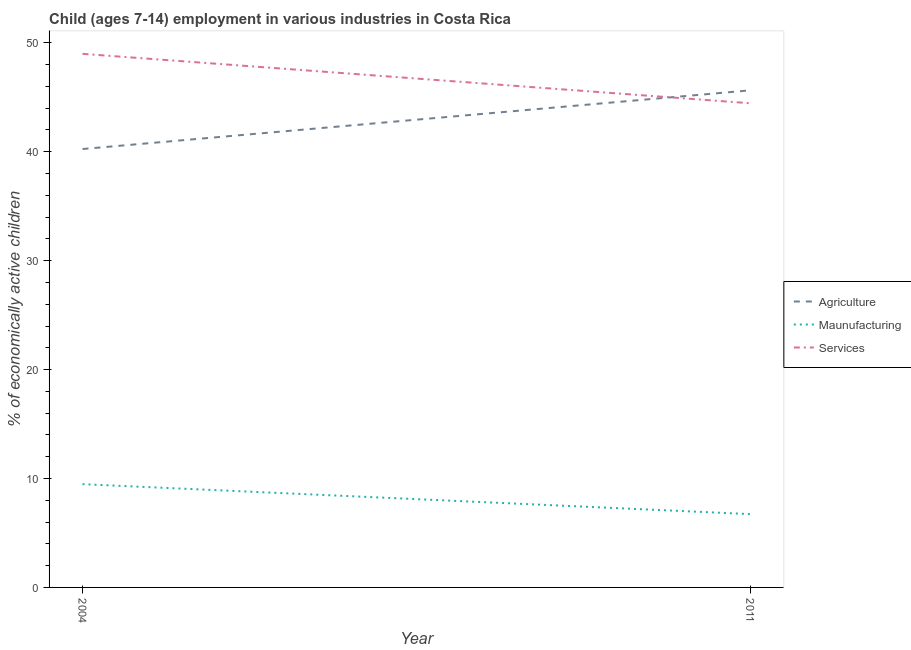
| Year | Agriculture | Maunufacturing | Services |
 | --- | --- | --- | --- |
 | 2004 | 40.2 | 9.48 | 49 |
 | 2011 | 45.6 | 6.73 | 44.5 |